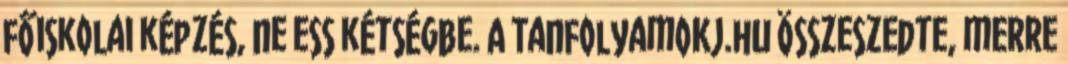
főiskolai képzés, ne ess kétségbe. A TanfolyamOKJ.hu összeszedte, merre